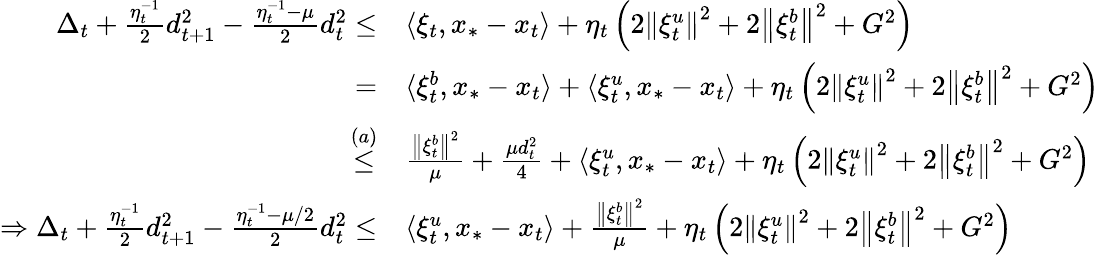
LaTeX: \begin{array}{rl}{\Delta_{t}+\frac{\eta_{t}^{-1}}{2}d_{t+1}^{2}-\frac{\eta_{t}^{-1}-\mu}{2}d_{t}^{2}\leq}&{\langle\xi_{t},x_{*}-x_{t}\rangle+\eta_{t}\left(2\left\Vert\xi_{t}^{u}\right\Vert^{2}+2\left\Vert\xi_{t}^{b}\right\Vert^{2}+G^{2}\right)}\\ {=}&{\langle\xi_{t}^{b},x_{*}-x_{t}\rangle+\langle\xi_{t}^{u},x_{*}-x_{t}\rangle+\eta_{t}\left(2\left\Vert\xi_{t}^{u}\right\Vert^{2}+2\left\Vert\xi_{t}^{b}\right\Vert^{2}+G^{2}\right)}\\ {\overset{(a)}{\leq}}&{\frac{\left\Vert\xi_{t}^{b}\right\Vert^{2}}{\mu}+\frac{\mu d_{t}^{2}}{4}+\langle\xi_{t}^{u},x_{*}-x_{t}\rangle+\eta_{t}\left(2\left\Vert\xi_{t}^{u}\right\Vert^{2}+2\left\Vert\xi_{t}^{b}\right\Vert^{2}+G^{2}\right)}\\ {\Rightarrow\Delta_{t}+\frac{\eta_{t}^{-1}}{2}d_{t+1}^{2}-\frac{\eta_{t}^{-1}-\mu/2}{2}d_{t}^{2}\leq}&{\langle\xi_{t}^{u},x_{*}-x_{t}\rangle+\frac{\left\Vert\xi_{t}^{b}\right\Vert^{2}}{\mu}+\eta_{t}\left(2\left\Vert\xi_{t}^{u}\right\Vert^{2}+2\left\Vert\xi_{t}^{b}\right\Vert^{2}+G^{2}\right)}\end{array}